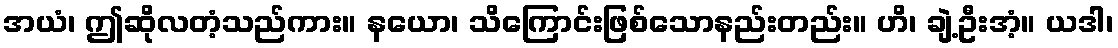
အယံ၊ ဤဆိုလတံ့သည်ကား။ နယော၊ သိကြောင်းဖြစ်သောနည်းတည်း။ ဟိ၊ ချဲ့ဦးအံ့။ ယဒါ၊